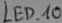
Text: LED_10